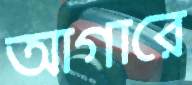
আগারে